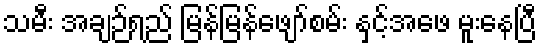
သမီး အချဉ်ရည် မြန်မြန်ဖျော်စမ်း နှင့်အဖေ မူးနေပြီ